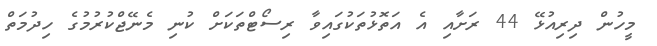
މީހުން ދިރިއުޅޭ 44 ރަށާއި އެ އަތޮޅުތަކުގައިވާ ރިސޯޓްތަކަށް ކުނި މެނޭޖްކުރުމުގެ ހިދުމަތް